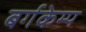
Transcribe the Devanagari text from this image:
बर्गकेम्प